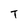
Character: T